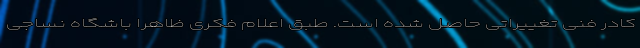
کادر فنی تغییراتی حاصل شده است. طبق اعلام فکری ظاهرا باشگاه نساجی